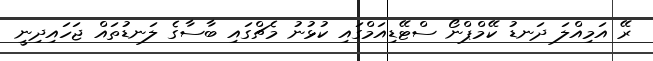
ރޭ އަމިއްލަ ދަނޑު ކޭމްޕްނޯ ސްޓޭޑިއަމްގައި ކުޅުނު މެޗްގައި ބާސާގެ ލަނޑުތައް ޖަހައިދިނީ